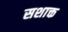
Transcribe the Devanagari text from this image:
सशाक्त